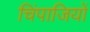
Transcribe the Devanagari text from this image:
चिंपाजियों